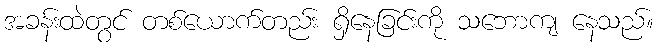
အခန်းထဲတွင် တစ်ယောက်တည်း ရှိနေခြင်းကို သဘောကျ နေသည်။